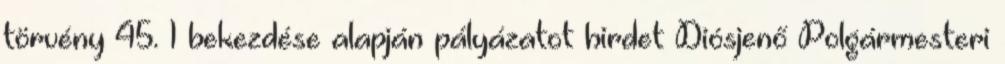
törvény 45. 1 bekezdése alapján pályázatot hirdet Diósjenő Polgármesteri